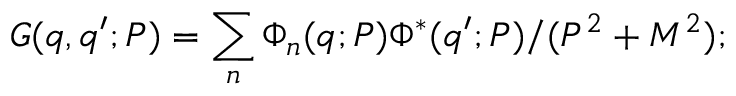
G ( q , q ^ { \prime } ; P ) = \sum _ { n } \Phi _ { n } ( q ; P ) \Phi ^ { * } ( q ^ { \prime } ; P ) / ( P ^ { 2 } + M ^ { 2 } ) ;